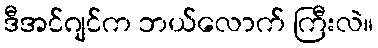
ဒီအင်ဂျင်က ဘယ်လောက် ကြီးလဲ။